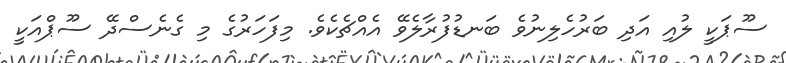
ސޫޕަކީ ލުއި އަދި ބަރުހެލިނުވެ ބަނޑުފުރާލެވޭ އެއްޗެކެވެ. މިފަހަރުގެ މި ގެނެސްދޭ ސޫޕްއަކީ